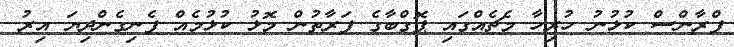
ފްރާންސް ކުޅުނު ހުރިހާ މެޗެއްގައި ޕޮގްބާގެ ފަރާތުން މޮޅު ކުޅުމެއް ފެނިގެންދިޔަ އިރު